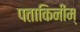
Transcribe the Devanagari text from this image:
पताकिनीम्